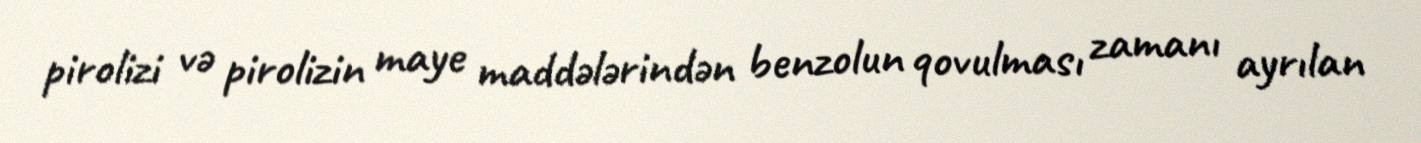
pirolizi və pirolizin maye maddələrindən benzolun qovulması zamanı ayrılan